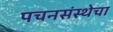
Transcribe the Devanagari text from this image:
पचनसंस्थेचा